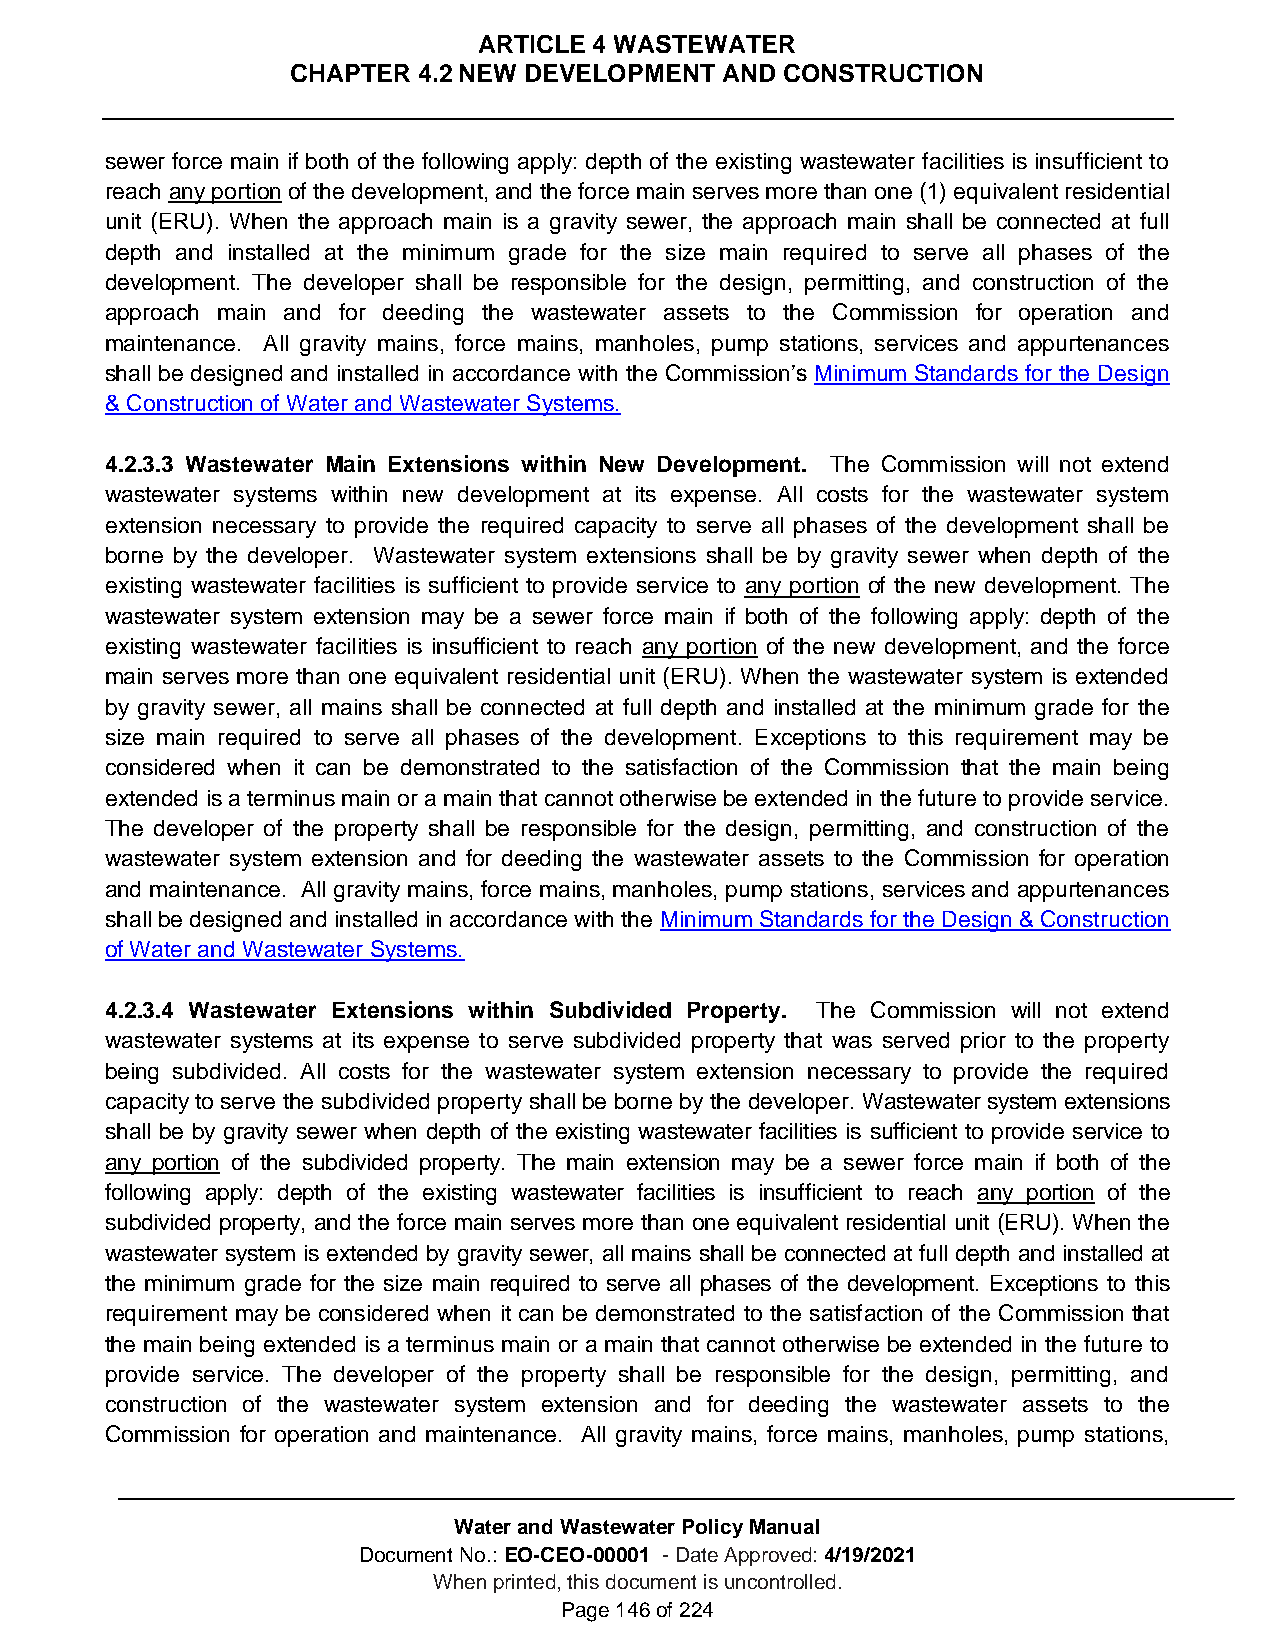
ARTICLE 4 WASTEWATER
 CHAPTER  4.2 NEW DEVELOPMENT AND CONSTRUCTION
 sewer force main if both of the following apply: depth of the existing wastewater facilities is insufficient to
 reach any portion of the development, and the force main serves more than one (1) equivalent residential
 unit (ERU). When the approach main is a gravity sewer, the approach main shall be connected at full
 depth and installed at the minimum grade for the size main required to serve all phases of the
 development. The developer shall be responsible for the design, permitting, and construction of the
 approach main and for deeding the wastewater assets to the Commission for operation and
 maintenance. All gravity mains, force mains, manholes, pump stations, services and appurtenances
 shall be designed and installed in accordance with the Commission’s Minimum Standards for the Design
 & Construction of Water and Wastewater Systems.
 4.2.3.3 Wastewater Main Extensions within New Development. The Commission will not extend
 wastewater systems within new development at its expense. All costs for the wastewater system
 extension necessary to provide the required capacity to serve all phases of the development shall be
 borne by the developer. Wastewater system extensions shall be by gravity sewer when depth of the
 existing wastewater facilities is sufficient to provide service to any portion of the new development. The
 wastewater system extension may be a sewer force main if both of the following apply: depth of the
 existing wastewater facilities is insufficient to reach any portion of the new development, and the force
 main serves more than one equivalent residential unit (ERU). When the wastewater system is extended
 by gravity sewer, all mains shall be connected at full depth and installed at the minimum grade for the
 size main required to serve all phases of the development. Exceptions to this requirement may be
 considered when it can be demonstrated to the satisfaction of the Commission that the main being
 extended is a terminus main or a main that cannot otherwise be extended in the future to provide service.
 The developer of the property shall be responsible for the design, permitting, and construction of the
 wastewater system extension and for deeding the wastewater assets to the Commission for operation
 and maintenance. All gravity mains, force mains, manholes, pump stations, services and appurtenances
 shall be designed and installed in accordance with the Minimum Standards for the Design & Construction
 of Water and Wastewater Systems.
 4.2.3.4 Wastewater Extensions within Subdivided Property. The Commission will not extend
 wastewater systems at its expense to serve subdivided property that was served prior to the property
 being subdivided. All costs for the wastewater system extension necessary to provide the required
 capacity to serve the subdivided property shall be borne by the developer. Wastewater system extensions
 shall be by gravity sewer when depth of the existing wastewater facilities is sufficient to provide service to
 any portion of the subdivided property. The main extension may be a sewer force main if both of the
 following apply: depth of the existing wastewater facilities is insufficient to reach any portion of the
 subdivided property, and the force main serves more than one equivalent residential unit (ERU). When the
 wastewater system is extended by gravity sewer, all mains shall be connected at full depth and installed at
 the minimum grade for the size main required to serve all phases of the development. Exceptions to this
 requirement may be considered when it can be demonstrated to the satisfaction of the Commission that
 the main being extended is a terminus main or a main that cannot otherwise be extended in the future to
 provide service. The developer of the property shall be responsible for the design, permitting, and
 construction of the wastewater system extension and for deeding the wastewater assets to the
 Commission for operation and maintenance. All gravity mains, force mains, manholes, pump stations,
 Water and Wastewater Policy Manual
 Document No.: EO-CEO-00001 - Date Approved: 4/19/2021
 When printed, this document is uncontrolled.
 Page 146 of 224